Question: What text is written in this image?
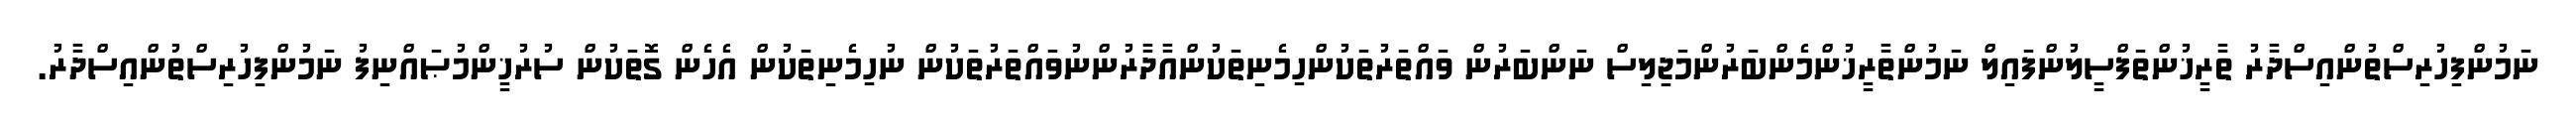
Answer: ނަމުންފިހުރިސްތުންއިސްދާރު ތާރީޚުންތަފްސީލުންފައިލް ނަމުންތާރީޚުންމެންބަރުންމަޖިލިސް ނަންބަރުން ވައްތަރުތަކުންހިމެނިތަކުންއާދާރުންނުވައްތަރުތަކުން ނުހިމެނިތަކުން އެހެން ގޮތަކުން ސުރުޚީންމުޞައްނިފު ނަމުންފިހުރިސްތުންއިސްދާރު.